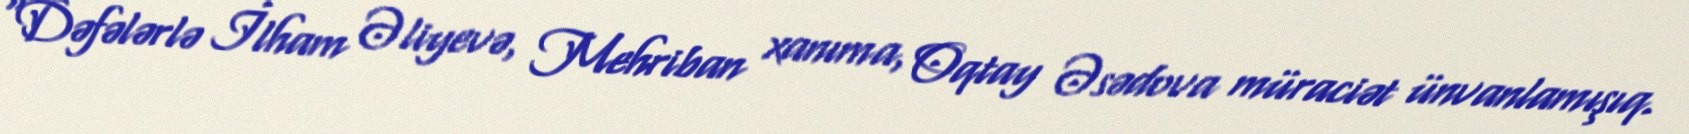
“Dəfələrlə İlham Əliyevə, Mehriban xanıma, Oqtay Əsədova müraciət ünvanlamışıq.